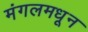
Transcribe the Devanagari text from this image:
मंगलमधून